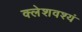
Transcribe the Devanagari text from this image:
क्लेशवश्यं